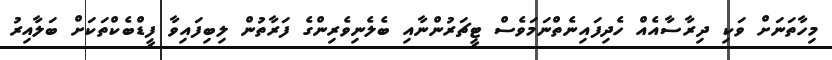
މިހާތަނަށް ވަކި ދިރާސާއެއް ހެދިފައިނެތްނަމަވެސް ޓީޗަރުންނާއި ބެލެނިވެރިންގެ ފަރާތުން ލިބިފައިވާ ފީޑްބެކްތަކަށް ބަލާއިރު